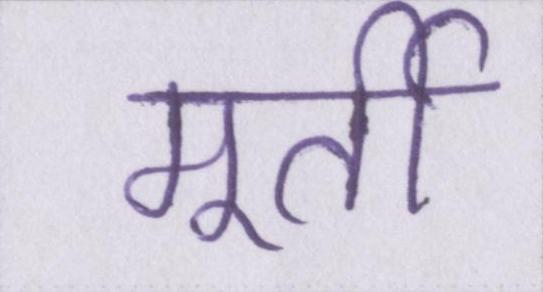
मूर्ती